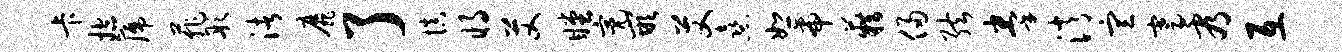
卡控篪菲彤渚靡了慎将艾瞠亮嵌艾熹恕帝籍侵弦拳消宣蹇看互